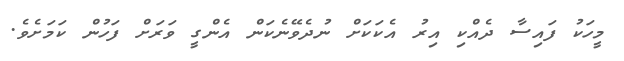
މީހަކު ފައިސާ ދެއްކި އިރު އެކަކަށް ނުދެވޭނެކަން އެންގީ ވަރަށް ފަހުން ކަމަށެވެ.